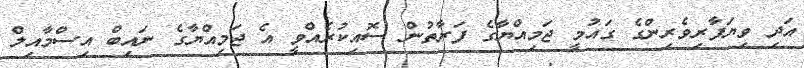
އަދި ވިޔަފާރިވެރިންގެ ގައުމީ ޖަމިއްޔާގެ ފަރާތުން ސޮއިކުރެއްވީ އެ ޖަމިއްޔާގެ ނައިބް އިސްމާއިލް